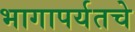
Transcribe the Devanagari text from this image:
भागापर्यतचे